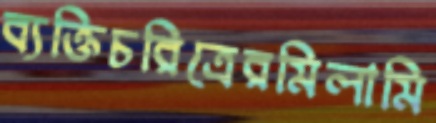
ব্যক্তিচরিত্রেরমিলামি